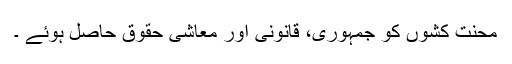
محنت کشوں کو جمہوری، قانونی اور معاشی حقوق حاصل ہوئے ۔